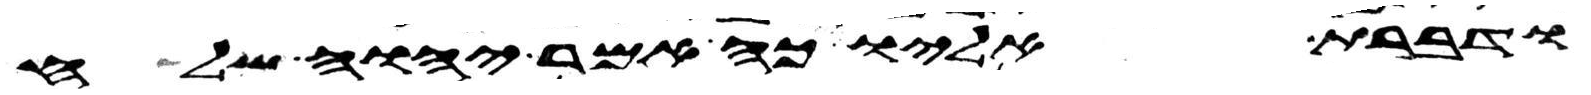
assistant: ודברת אליו כה אמר יהוה שלח